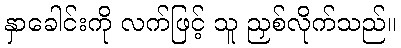
နှာခေါင်းကို လက်ဖြင့် သူ ညှစ်လိုက်သည်။